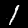
Label: 1